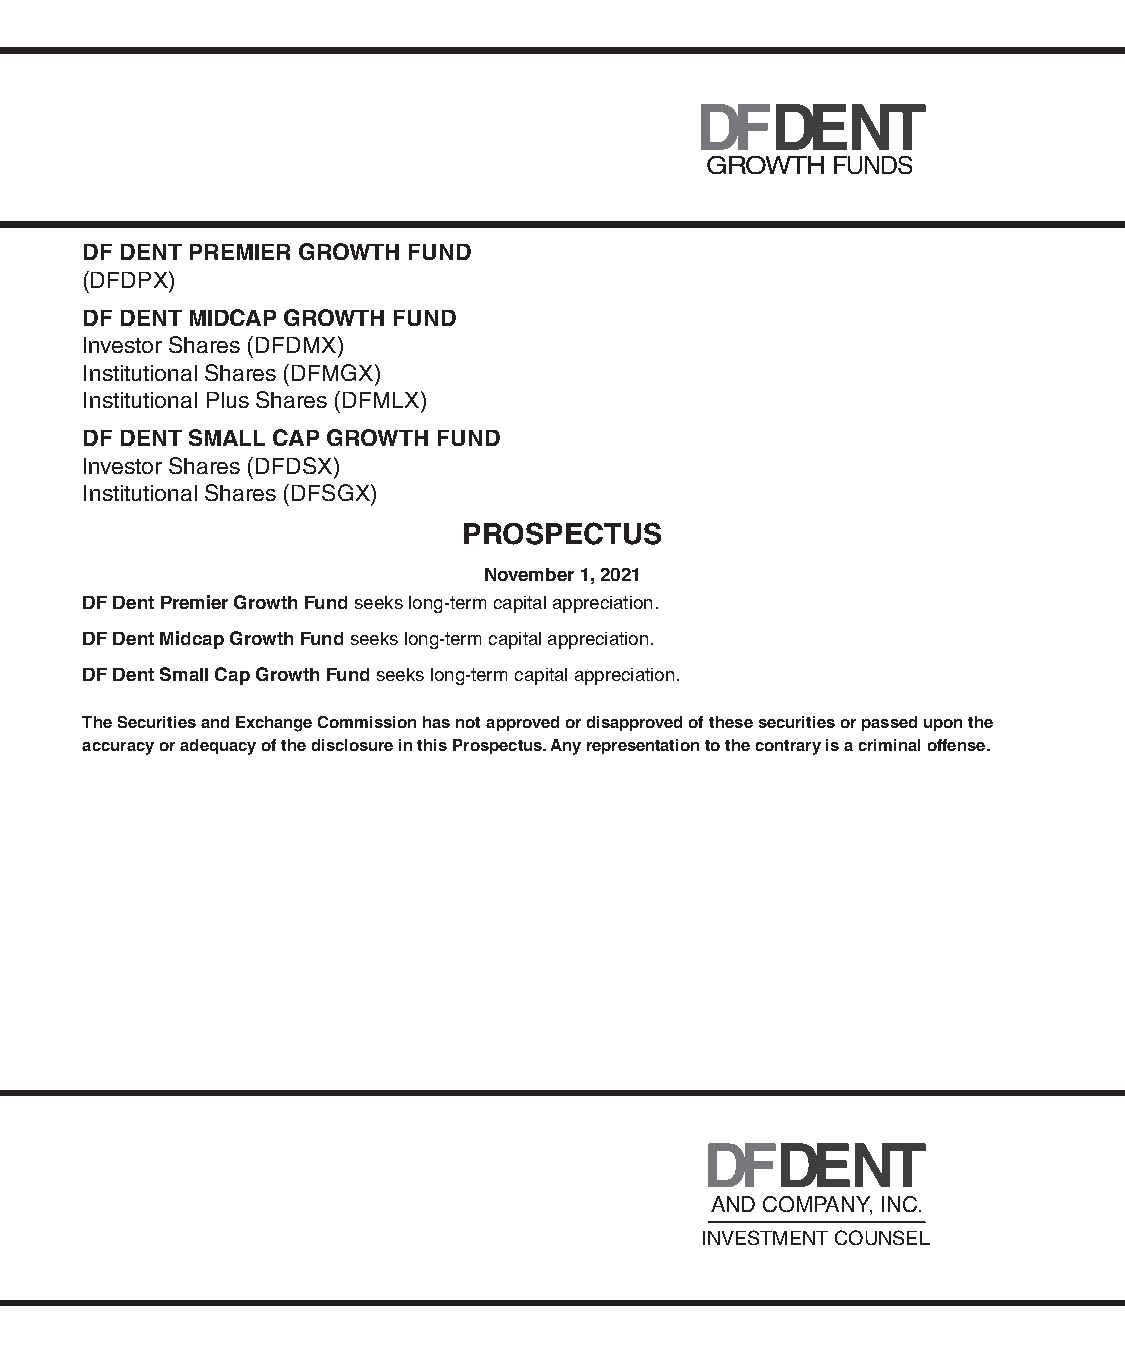
GROWTH  FUNDS
 DF DENT PREMIER GROWTH FUND
 (DFDPX)
 DF DENT MIDCAP GROWTH FUND
 Investor Shares (DFDMX)
 Institutional Shares (DFMGX)
 Institutional Plus Shares (DFMLX)
 DF DENT SMALL CAP GROWTH FUND
 Investor Shares (DFDSX)
 Institutional Shares (DFSGX)
 PROSPECTUS
 November 1, 2021
 DF Dent Premier Growth Fund seeks long-term capital appreciation.
 DF Dent Midcap Growth Fund seeks long-term capital appreciation.
 DF Dent Small Cap Growth Fund seeks long-term capital appreciation.
 The Securities and Exchange Commission has not approved or disapproved of these securities or passed upon the
 accuracy or adequacy of the disclosure in this Prospectus. Any representation to the contrary is a criminal offense.
 AND COMPANY, INC.
 INVESTMENT COUNSEL